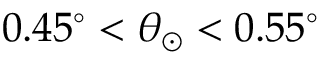
0 . 4 5 ^ { \circ } < \theta _ { \odot } < 0 . 5 5 ^ { \circ }